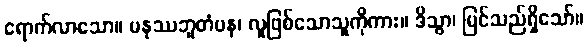
ရောက်လာသော။ မနုဿဘူတံပန၊ လူဖြစ်သောသူကိုကား။ ဒိသွာ၊ မြင်သည်ရှိသော်။